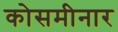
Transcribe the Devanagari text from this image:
कोसमीनार